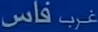
غرب فاس